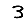
Digit: 3